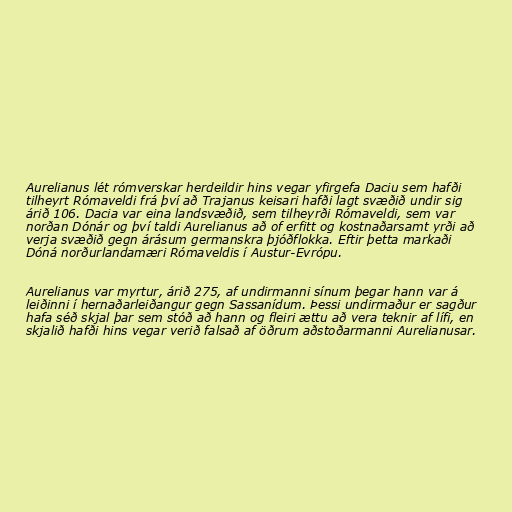
Aurelianus lét rómverskar herdeildir hins vegar yfirgefa Daciu sem hafði
tilheyrt Rómaveldi frá því að Trajanus keisari hafði lagt svæðið undir sig
árið 106. Dacia var eina landsvæðið, sem tilheyrði Rómaveldi, sem var
norðan Dónár og því taldi Aurelianus að of erfitt og kostnaðarsamt yrði að
verja svæðið gegn árásum germanskra þjóðflokka. Eftir þetta markaði
Dóná norðurlandamæri Rómaveldis í Austur-Evrópu.

Aurelianus var myrtur, árið 275, af undirmanni sínum þegar hann var á
leiðinni í hernaðarleiðangur gegn Sassanídum. Þessi undirmaður er sagður
hafa séð skjal þar sem stóð að hann og fleiri ættu að vera teknir af lífi, en
skjalið hafði hins vegar verið falsað af öðrum aðstoðarmanni Aurelianusar.